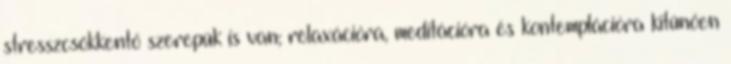
stresszcsökkentő szerepük is van; relaxációra, meditációra és kontemplációra kitűnően